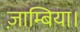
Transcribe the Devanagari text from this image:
ज़ाम्बिया।